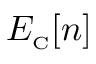
E _ { \scriptscriptstyle \mathrm { C } } [ n ]